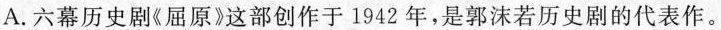
A. 六幕历史剧《屈原》这部创作于1942年，是郭沫若历史剧的代表作。